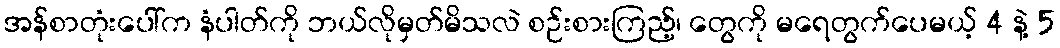
အန်စာတုံးပေါ်က နံပါတ်ကို ဘယ်လိုမှတ်မိသလဲ စဉ်းစားကြည့်၊ တွေကို မရေတွက်ပေမယ့် 4 နဲ့ 5